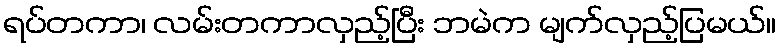
ရပ်တကာ၊ လမ်းတကာလှည့်ပြီး ဘမဲက မျက်လှည့်ပြမယ်။